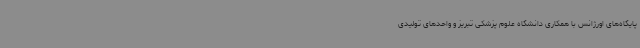
پایگاه‌های اورژانس با همکاری دانشگاه علوم پزشکی تبریز و واحدهای تولیدی